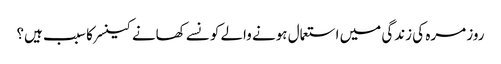
روز مرہ کی زندگی میں استعمال ہونے والے کونسے کھانے کینسر کا سبب ہیں؟